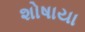
શોષાયા